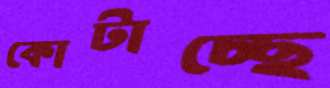
কোটাচ্ছে